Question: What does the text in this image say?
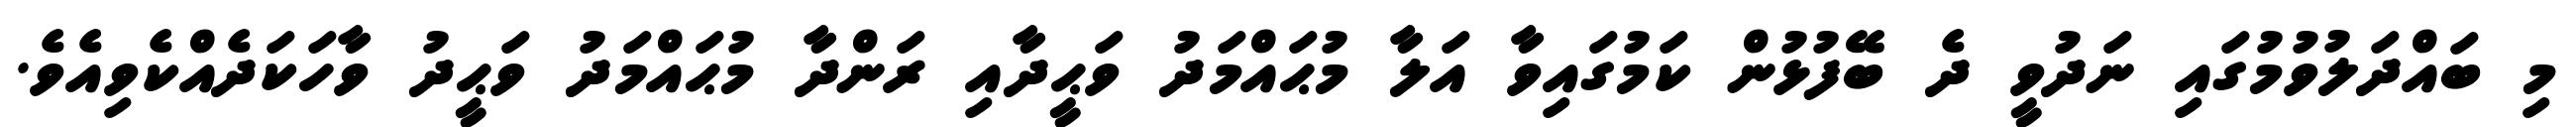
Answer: މި ބައްދަލުވުމުގައި ނަދުވީ ދެ ބޭފުޅުން ކަމުގައިވާ އަލާ މުޙައްމަދު ވަޙީދާއި ރަންދާ މުޙައްމަދު ވަޙީދު ވާހަކަދެއްކެވިއެވެ.